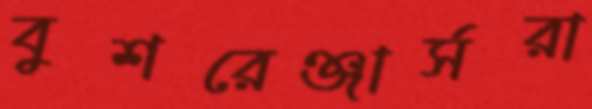
বুশরেঞ্জার্সরা